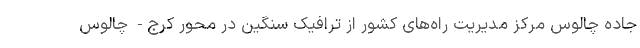
جاده چالوس مرکز مدیریت راه‌های کشور از ترافیک سنگین در محور کرج- چالوس